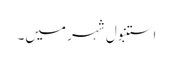
استنبول شہر میں۔